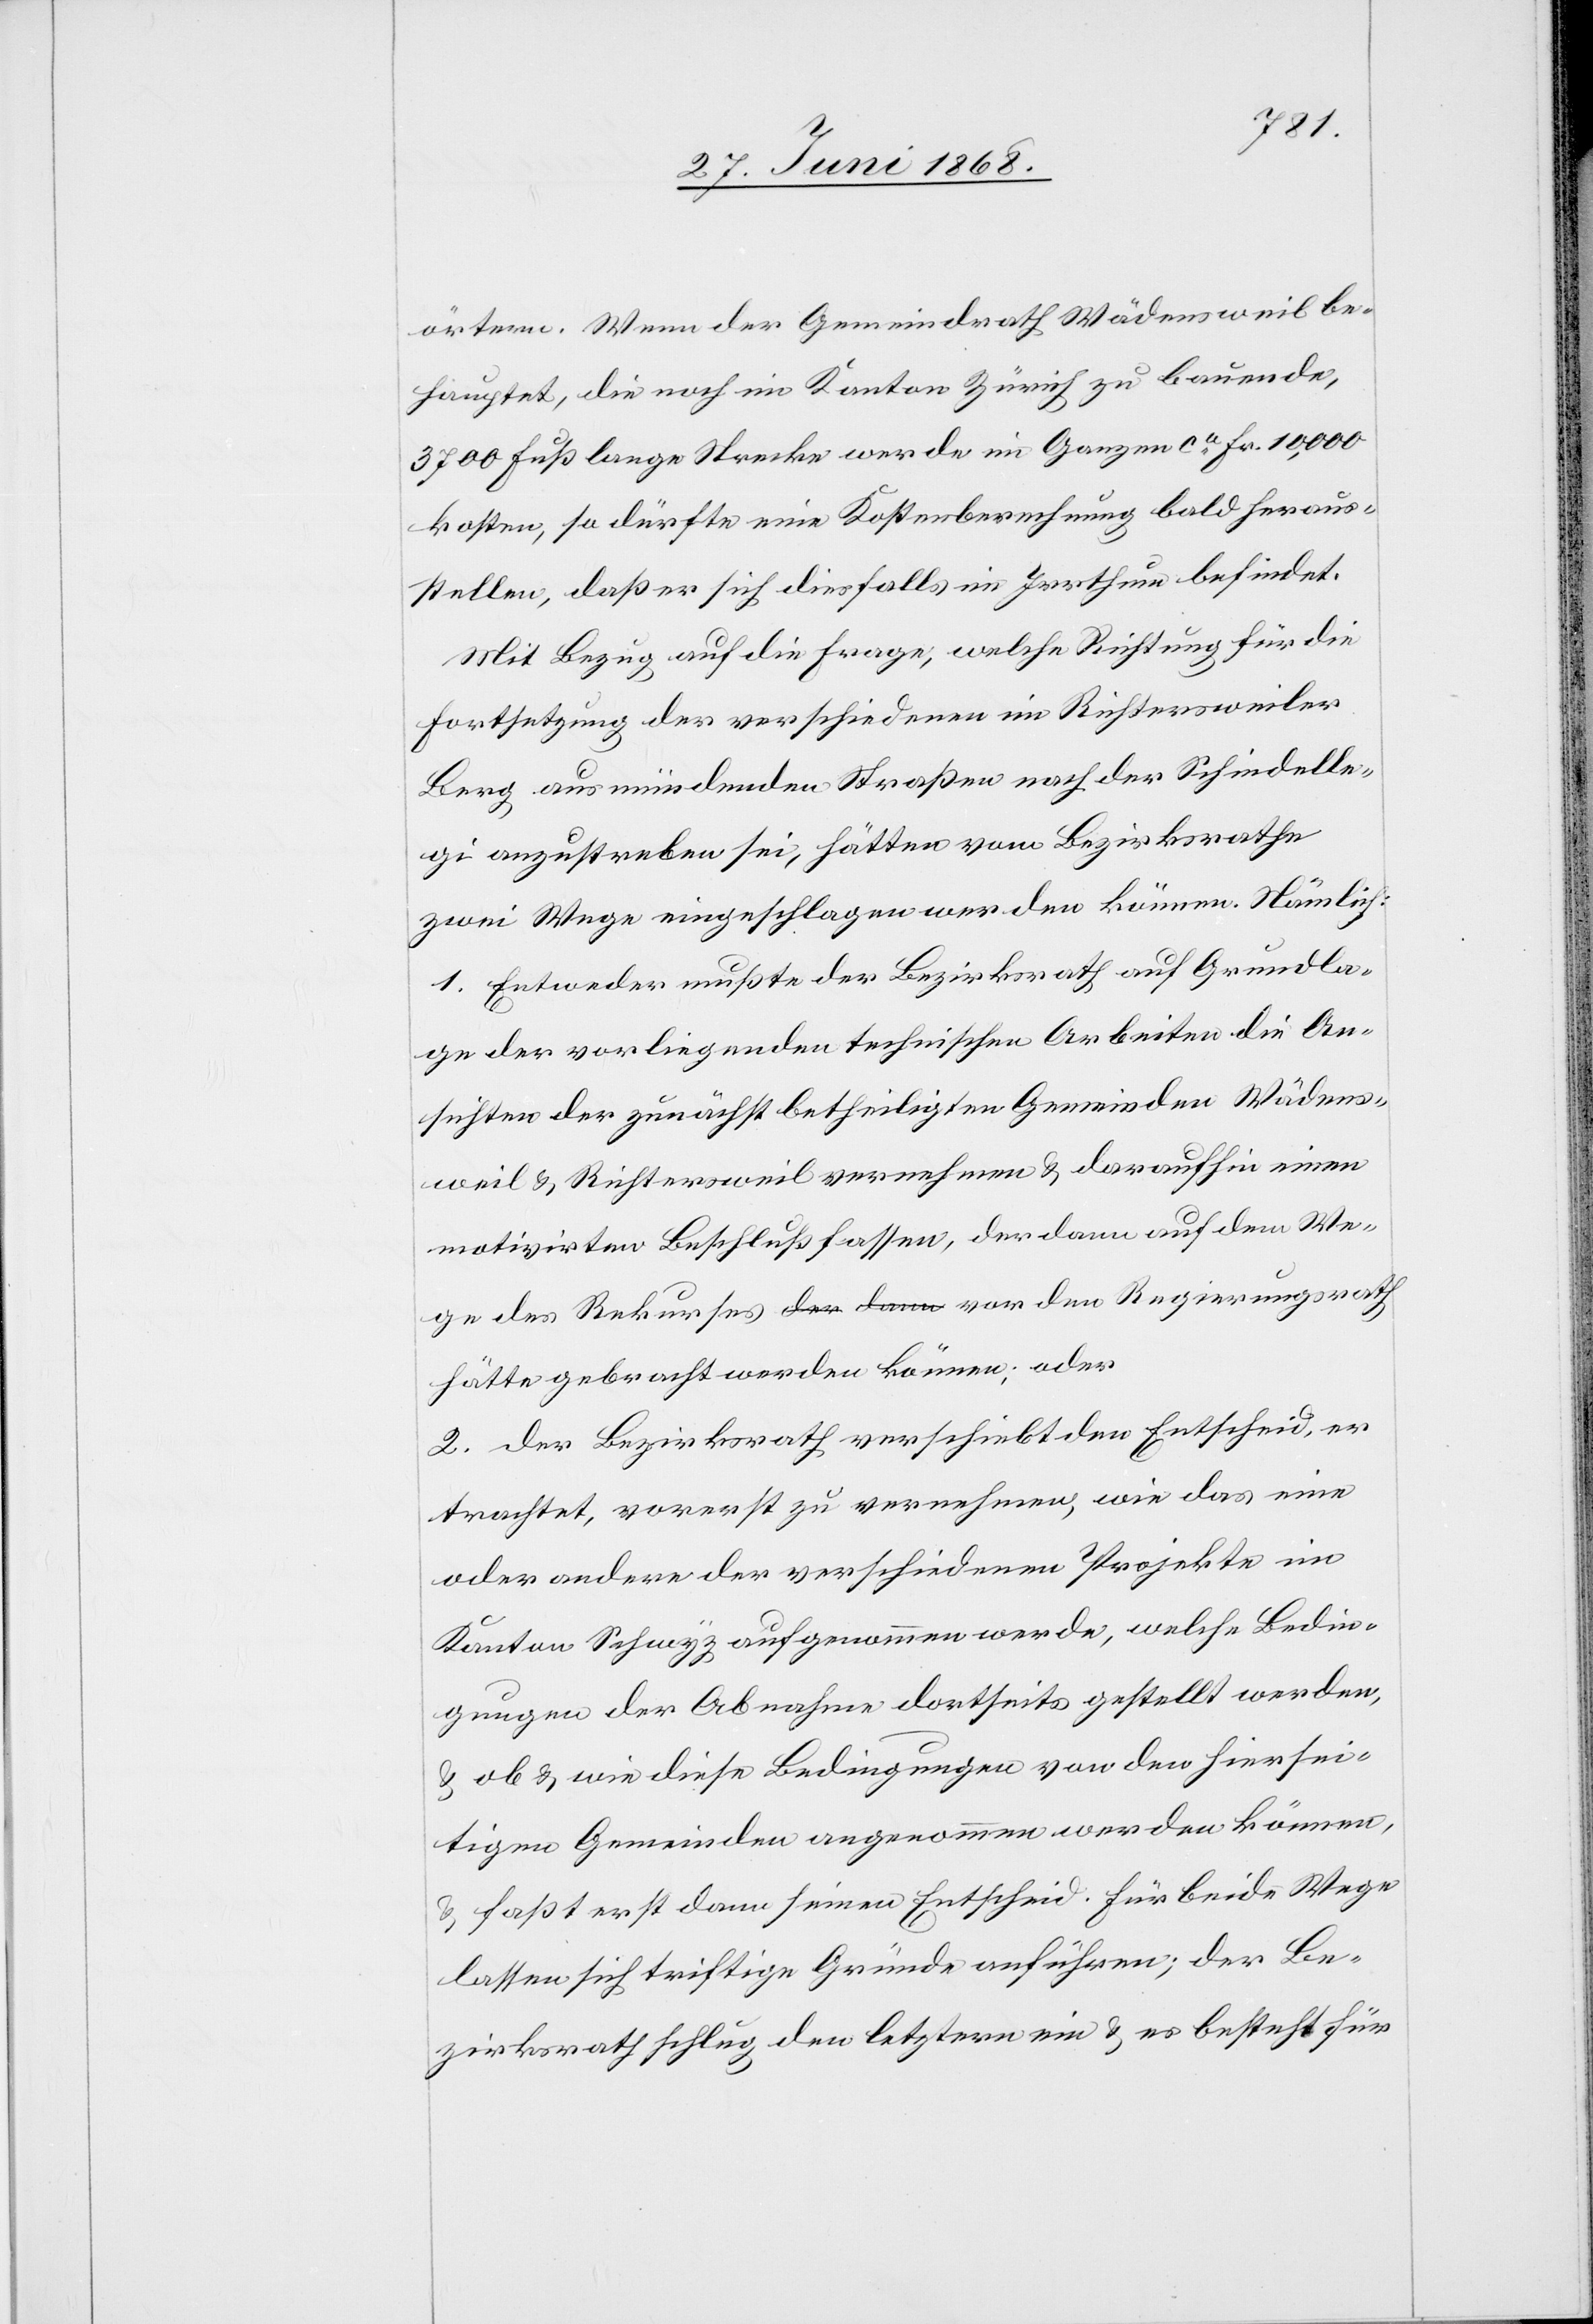
ge
örtern. Wenn der Gemeindrath Wädensweil be¬
hauptet, die noch im Kanton Zürich zu bauende,
3700 Fuß lange Strecke werde im Ganzen ca. Fr. 10,000
kosten, so dürfte eine Kostenberechnung bald heraus¬
stellen, daß er sich diesfalls im Irrthum befindet.
Mit Bezug auf die Frage, welche Richtung für die
Fortsetzung der verschiedenen im Richtersweiler
Berg ausmündenden Straßen nach der Schindelle¬
gi anzustreben sei, hätten vom Bezirksrathe
zwei Wege eingeschlagen werden können. Nämlich:
1. Entweder mußte der Bezirksrath auf Grundla¬
ge der vorliegenden technischen Arbeiten die An¬
sichten der zunächst betheiligten Gemeinden Wädens¬
weil & Richtersweil vernehmen & daraufhin einen
motivirten Beschluß fassen, der dann auf dem We¬
hätte gebracht werden können; oder
2. der Bezirksrath verschiebt den Entscheid, er
trachtet, vorerst zu vernehmen, wie das eine
oder andere der verschiedenen Projekte im
Kanton Schwyz aufgenommen werde, welche Bedin¬
gungen der Abnahme dortseits gestellt werden,
& ob & wie diese Bedingungen von den hiersei¬
tigen Gemeinden angenommen werden können,
& faßt erst dann seinen Entscheid. Für beide Wege
lassen sich triftige Gründe anführen; der Be¬
zirksrath schlug den letztern ein & es besteht für